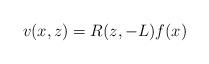
LaTeX: \begin{align*} v(x,z) = R(z,-L)f(x)\end{align*}